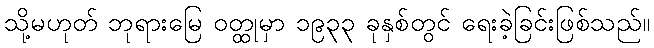
သို့မဟုတ် ဘုရားမြေ ဝတ္ထုမှာ ၁၉၃၃ ခုနှစ်တွင် ရေးခဲ့ခြင်းဖြစ်သည်။